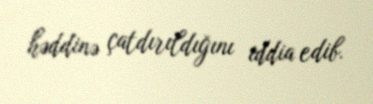
həddinə çatdırıldığını iddia edib.